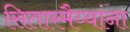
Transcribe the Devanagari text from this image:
सितारमैय्यांना